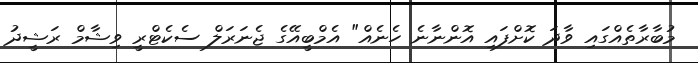
މުބާރާތެއްގައި ވާދަ ކޮށްފައި އޮންނާނެ ހެނެއް" އެމްބީއޭގެ ޖެނަރަލް ސެކެޓްރީ ވިޝާމް ރަޝީދު